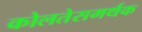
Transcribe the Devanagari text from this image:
कोलतेसमर्थक